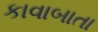
કાવાબાતા